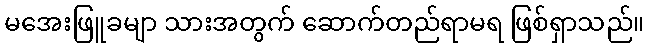
မအေးဖြူခမျာ သားအတွက် ဆောက်တည်ရာမရ ဖြစ်ရှာသည်။